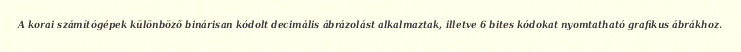
A korai számítógépek különböző binárisan kódolt decimális ábrázolást alkalmaztak, illetve 6 bites kódokat nyomtatható grafikus ábrákhoz.